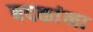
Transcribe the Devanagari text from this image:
बदकांना